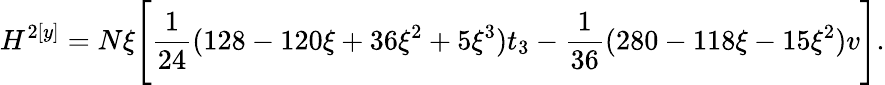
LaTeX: H^{2[y]}=N\xi\Bigg[\frac 1{24}(128-120\xi+36\xi^{2}+5\xi^{3})t_{3}-\frac 1{36}(280-118\xi-15\xi^{2})v\Bigg].